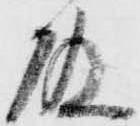
殿